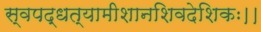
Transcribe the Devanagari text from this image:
स्वपद्धत्यामीशानशिवदेशिकः।।